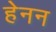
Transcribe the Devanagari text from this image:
हेनन